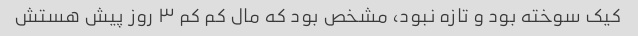
کیک سوخته بود و تازه نبود، مشخص بود که مال کم کم ۳ روز پیش هستش